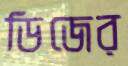
ডিজের